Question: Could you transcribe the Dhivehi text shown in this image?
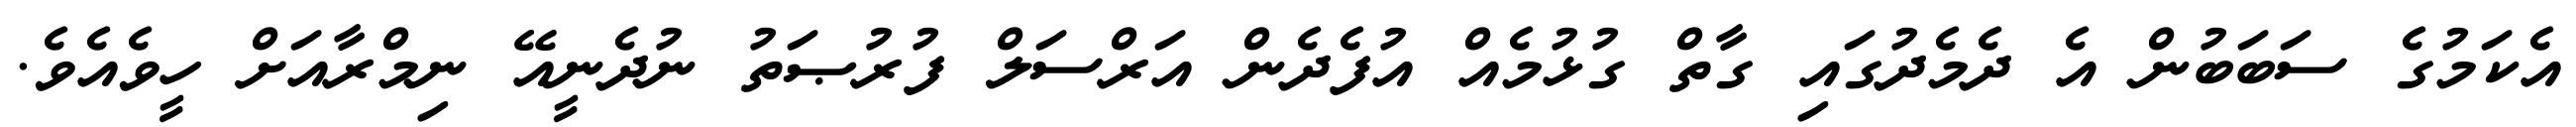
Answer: އެކަމުގެ ސަބަބުން އެ ދެމެދުގައި ގާތް ގުޅުމެއް އުފެދެން އަރްސަލް ފުރުޞަތު ނުދެނީއޭ ނިމްރާއަށް ހީވެއެވެ.